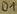
Text: D1